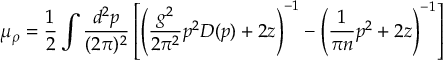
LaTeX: \mu _ { \rho } = \frac { 1 } { 2 } \int \frac { d ^ { 2 } p } { ( 2 \pi ) ^ { 2 } } \left[ \left( \frac { g ^ { 2 } } { 2 \pi ^ { 2 } } p ^ { 2 } D ( p ) + 2 z \right) ^ { - 1 } - \left( \frac { 1 } { \pi n } p ^ { 2 } + 2 z \right) ^ { - 1 } \right]